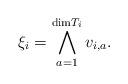
LaTeX: \begin{align*} \xi_i = \bigwedge_{a=1}^{\mathrm{dim} T_i} v_{i,a} .\end{align*}